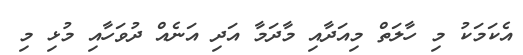
އެކަމަކު މި ހާލަތް މިއަދާއި މާދަމާ އަދި އަނެއް ދުވަހާއި މުޅި މި